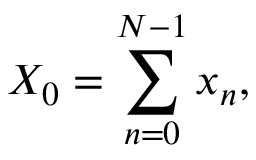
X _ { 0 } = \sum _ { n = 0 } ^ { N - 1 } x _ { n } ,